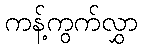
ကန့်ကွက်လွှာ